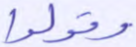
وقولوا